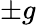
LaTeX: \pm g